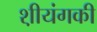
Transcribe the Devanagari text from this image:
श़ीयंगकी